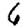
Digit: 6